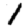
Digit: 1